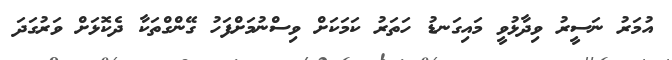
އުމަރު ނަސީރު ވިދާޅުވީ މައިގަނޑު ހަތަރު ކަމަކަށް ވިސްނުމަށްފަހު ގޭންގްތަކާ ދެކޮޅަށް ވަރުގަދަ